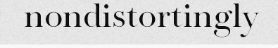
nondistortingly